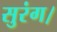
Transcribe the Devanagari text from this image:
सुरंग।